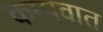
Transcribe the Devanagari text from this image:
कम्पवात